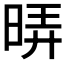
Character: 𭦄